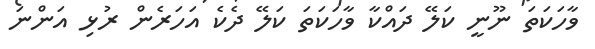
ވާހަކަތަ ނޫނީ ކަލޭ ދައްކާ ވާހަކަތަ ކަލޭ ދެކެ އަހަރެން ރުޅި އަންނަ